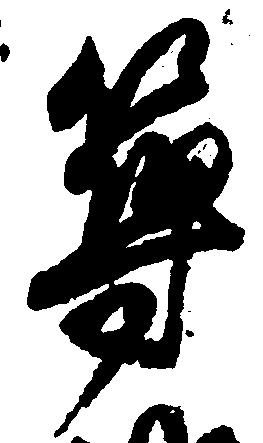
築